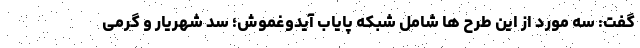
گفت: سه مورد از این طرح ها شامل شبکه پایاب آیدوغموش؛ سد شهریار و گرمی